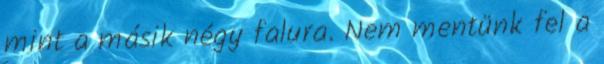
mint a másik négy falura. Nem mentünk fel a